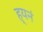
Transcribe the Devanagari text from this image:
ह्यनं